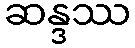
ဆန္ဒဿ